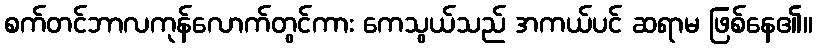
စက်တင်ဘာလကုန်လောက်တွင်ကား ကေသွယ်သည် အကယ်ပင် ဆရာမ ဖြစ်နေ၏။